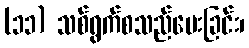
(၁၁) သစ်ရွက်စသည်ပေးခြင်း၊